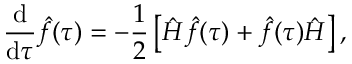
\frac { \mathrm { d } } { \mathrm { d } \tau } \hat { f } ( \tau ) = - \frac { 1 } { 2 } \left[ \hat { H } \hat { f } ( \tau ) + \hat { f } ( \tau ) \hat { H } \right] ,